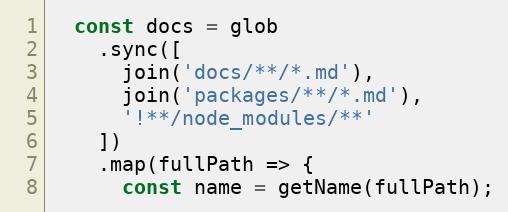
Language: JavaScript
  const docs = glob
    .sync([
      join('docs/**/*.md'),
      join('packages/**/*.md'),
      '!**/node_modules/**'
    ])
    .map(fullPath => {
      const name = getName(fullPath);